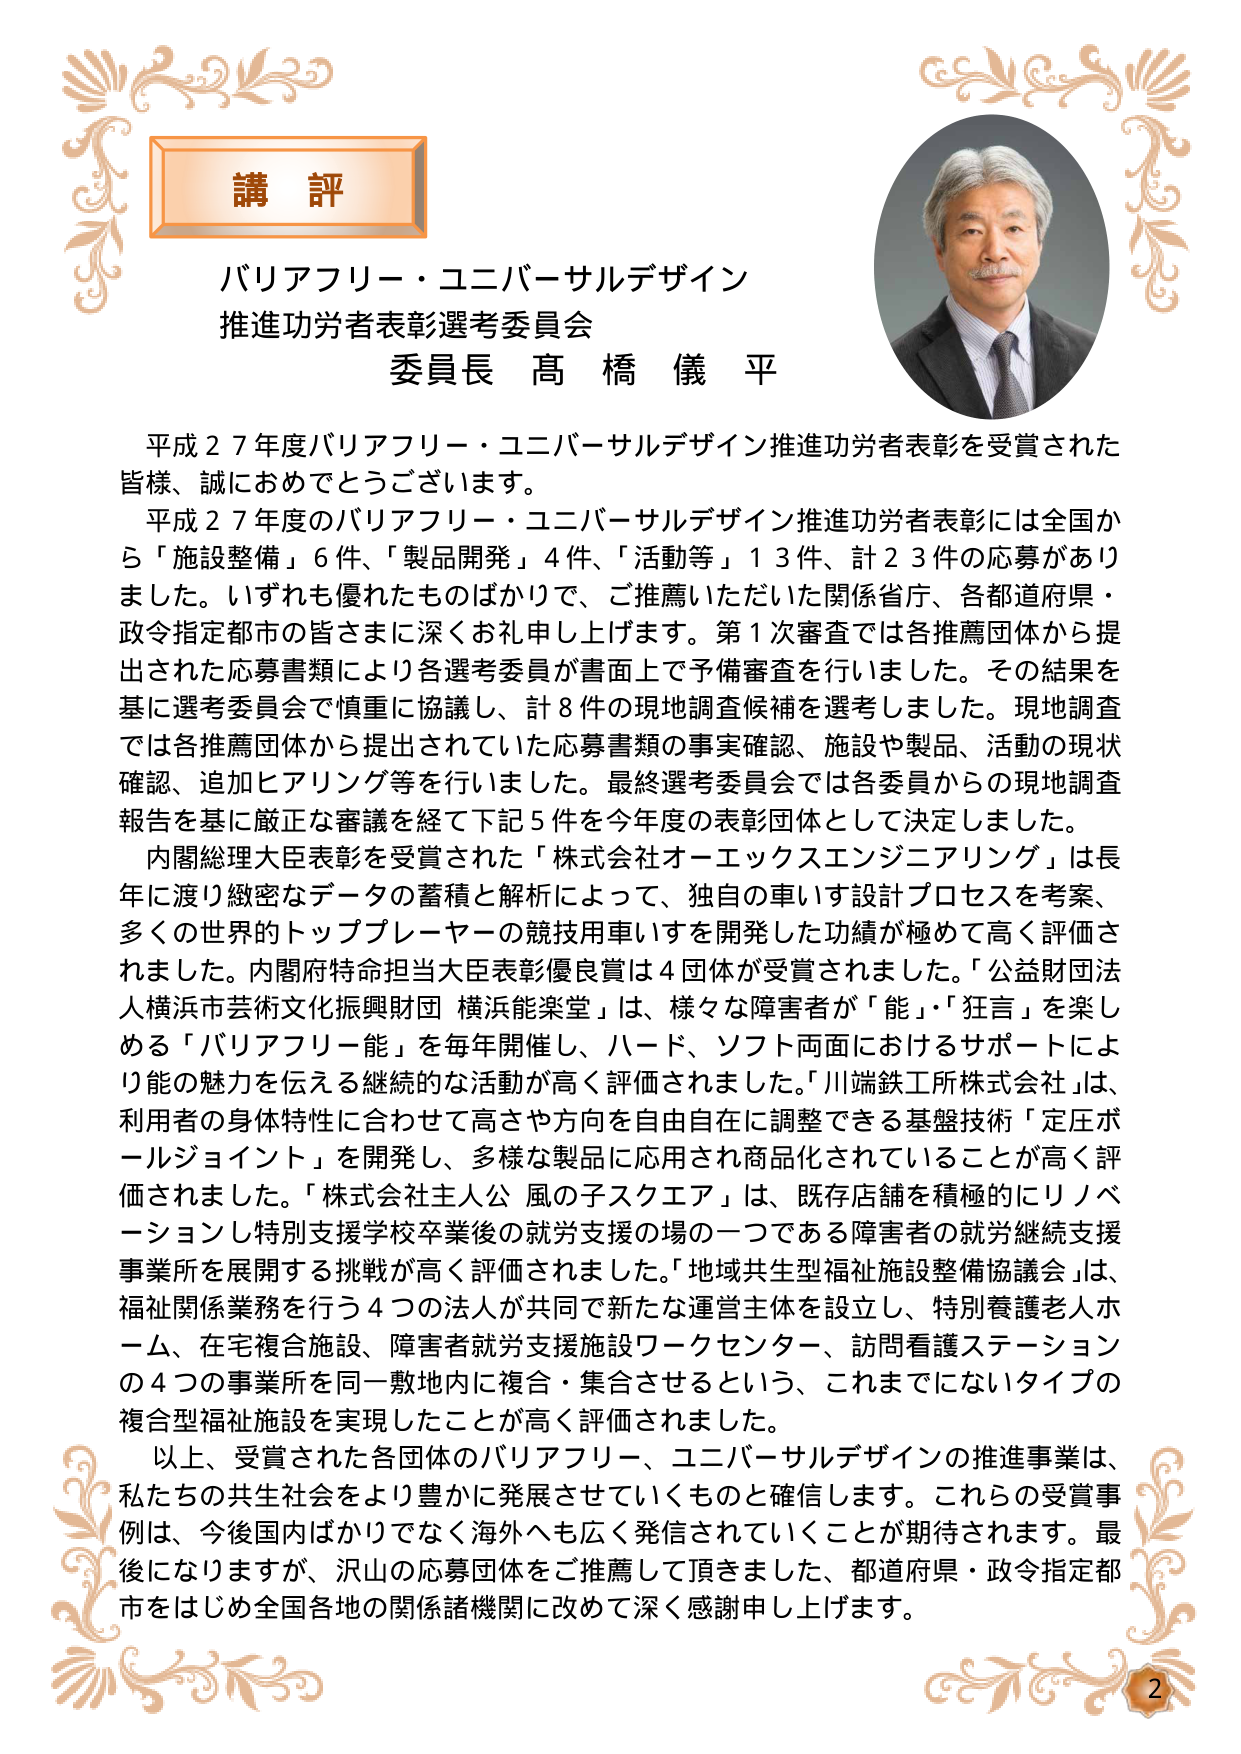
講 評

バリアフリー・ユニバーサルデザイン
推進功労者表彰選考委員会
委員長 髙橋 儀平

平成２７年度バリアフリー・ユニバーサルデザイン推進功労者表彰を受賞された
皆様、誠におめでとうございます。
平成２７年度のバリアフリー・ユニバーサルデザイン推進功労者表彰には全国から「施設整備」６件、「製品開発」４件、「活動等」１３件、計２３件の応募がありました。いずれも優れたものばかりで、ご推薦いただいた関係省庁、各都道府県・政令指定都市の皆さまに深くお礼申し上げます。第１次審査では各推薦団体から提出された応募書類により各選考委員が書面上で予備審査を行いました。その結果を基に選考委員会で慎重に協議し、計８件の現地調査候補を選考しました。現地調査では各推薦団体から提出されていた応募書類の事実確認、施設や製品、活動の現状確認、追加ヒアリング等を行いました。最終選考委員会では各委員からの現地調査報告を基に厳正な審議を経て下記５件を今年度の表彰団体として決定しました。
内閣総理大臣表彰を受賞された「株式会社オーエックスエンジニアリング」は長年に渡り緻密なデータの蓄積と解析によって、独自の車いす設計プロセスを考案、多くの世界的トッププレイヤーの競技用車いすを開発した功績が極めて高く評価されました。内閣府特命担当大臣表彰優良賞は４団体が受賞されました。「公益財団法人横浜市芸術文化振興財団 横浜能楽堂」は、様々な障害者が「能」・「狂言」を楽しめる「バリアフリー能」を毎年開催し、ハード、ソフト両面におけるサポートにより能の魅力を伝える継続的な活動が高く評価されました。「川端鉄工所株式会社」は、利用者の身体特性に合わせて高さや方向を自由自在に調整できる基盤技術「定圧ボールジョイント」を開発し、多様な製品に応用され商品化されていることが高く評価されました。「株式会社主人公 風の子スクエア」は、既存店舗を積極的にリノベーションし特別支援学校卒業後の就労支援の場の一つである障害者の就労継続支援事業所を展開する挑戦が高く評価されました。「地域共生型福祉施設整備協議会」は、福祉関係業務を行う４つの法人が共同で新たな運営主体を設立し、特別養護老人ホーム、在宅複合施設、障害者就労支援施設ワークセンター、訪問看護ステーションの４つの事業所を同一敷地内に複合・集合させるという、これまでにないタイプの複合型福祉施設を実現したことが高く評価されました。
以上、受賞された各団体のバリアフリー、ユニバーサルデザインの推進事業は、私たちの共生社会をより豊かに発展させていくものと確信します。これらの受賞事例は、今後国内ばかりではなく海外へも広く発信されていくことが期待されます。最後になりますが、沢山の応募団体をご推薦して頂きました、都道府県・政令指定都市をはじめ全国各地の関係諸機関に改めて深く感謝申し上げます。

2